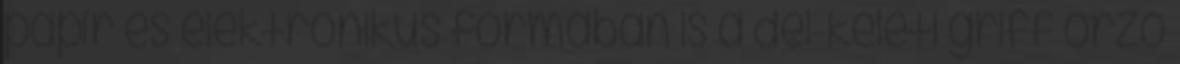
papír és elektronikus formában is a dél-keleti griff őrző